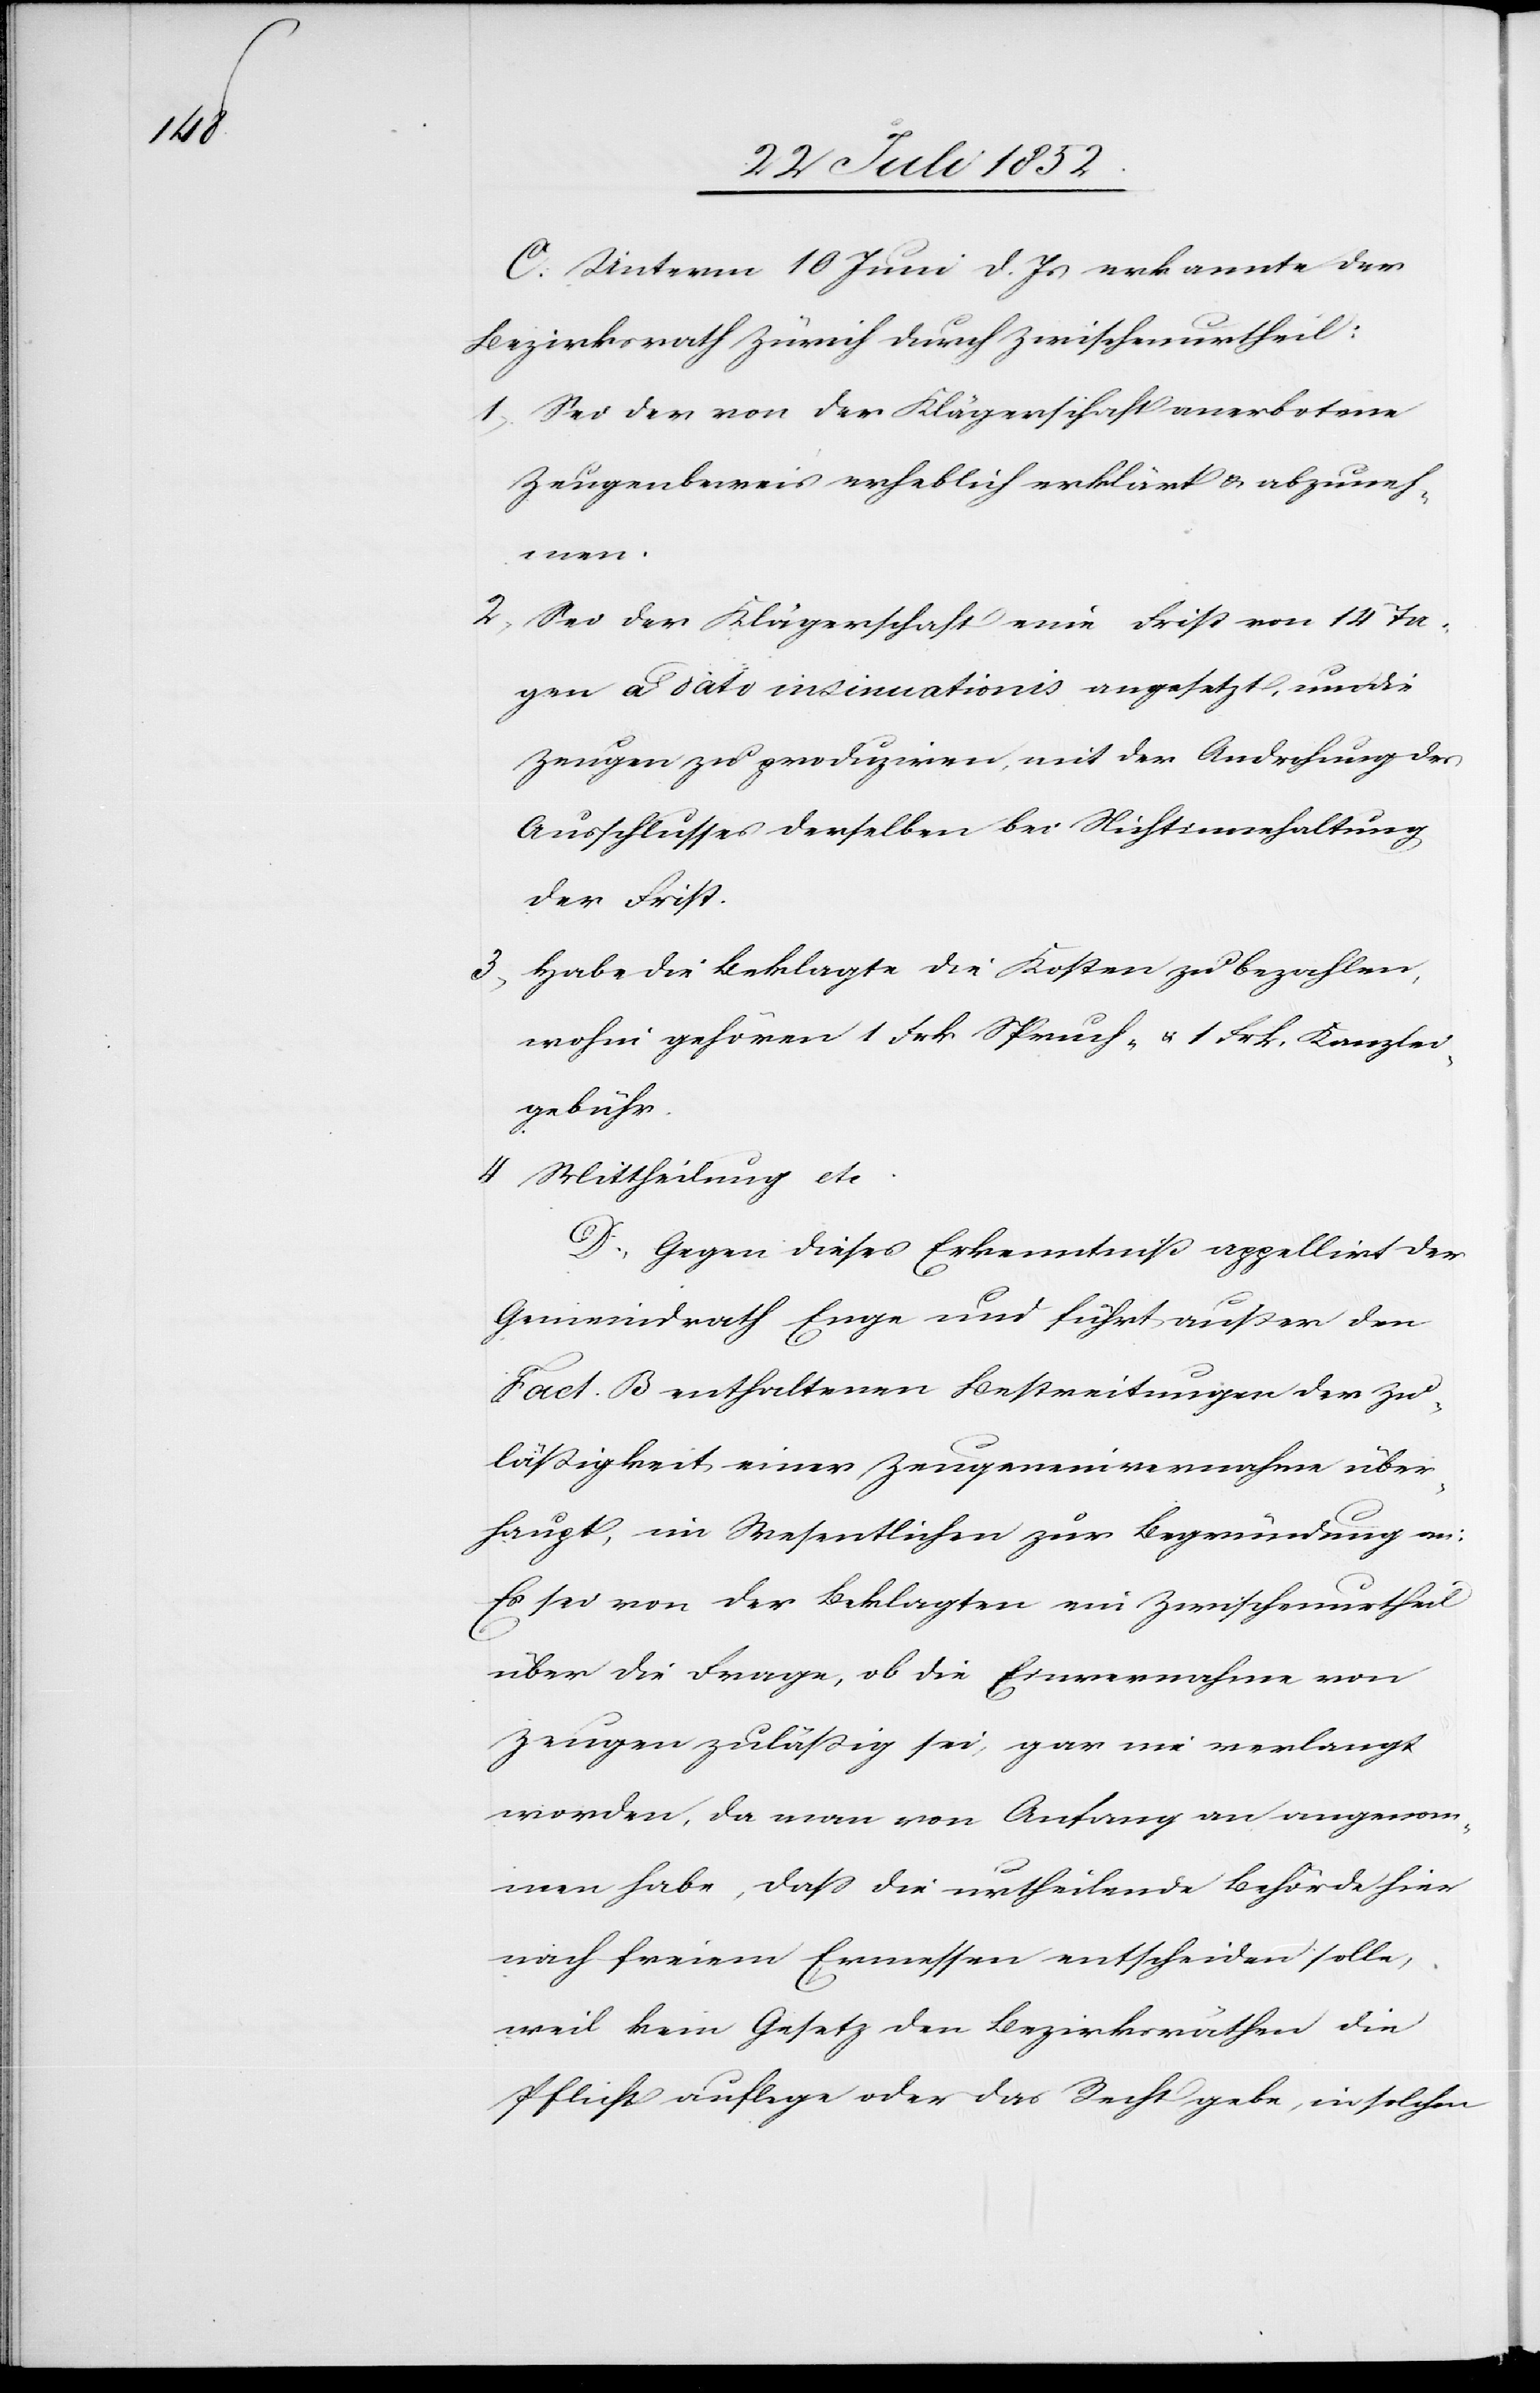
C. Unterm 10 Juni d. Js erkannte der
Bezirksrath Zürich durch Zwischenurtheil:
Sei der von der Klägerschaft anerbotene
Zeugenbeweis erheblich erklärt & abzuneh¬
men.
Sei der Klägerschaft eine Frist von 14 Ta¬
gen a dato insinuationis angesetzt, und die
Zeugen zu produziren, mit der Androhung des
Ausschlusses derselben bei Nichtinnehaltung
der Frist.
Habe die Beklagte die Kosten zu bezahlen,
wohin gehören 1 Frk Spruch- & 1 Frk. Kanzlei¬
gebühr.
Mittheilung etc.
D, Gegen dieses Erkenntniß appellirt der
Gemeindrath Enge und führt außer den
Fact. B enthaltenen Bestreitungen der Zu¬
läßigkeit einer Zeugeneinvernahme über¬
haupt, im Wesentlichen zur Begründung an:
Es sei von der Beklagten ein Zwischenurtheil
über die Frage, ob die Einvernahme von
Zeugen zuläßig sei, gar nie verlangt
worden, da man von Anfang an angenom¬
men habe, dass die urtheilende Behörde hier
nach freiem Ermessen entscheiden solle,
weil kein Gesetz den Bezirksräthen die
Pflicht auflege oder das Recht gebe, in solchen